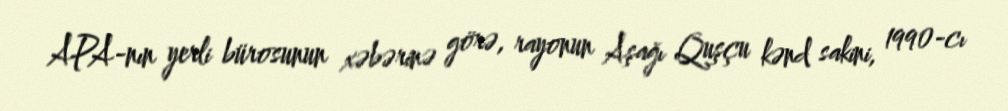
APA-nın yerli bürosunun xəbərinə görə, rayonun Aşağı Quşçu kənd sakini, 1990-cı